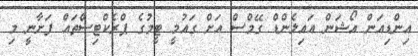
އިންޑިއަން އޯޝަން އައިލެންޑް ގޭމްސް އަށް ގައުމީ ޓީމުގެ ޕްރެކްޓިސްތައް ފަށާނީ މި